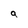
Character: a